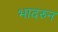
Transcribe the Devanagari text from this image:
भादरुन